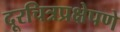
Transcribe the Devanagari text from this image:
दूरचित्रप्रक्षेपणे